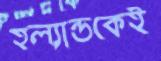
হল্যান্ডকেই